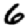
Digit: 6